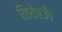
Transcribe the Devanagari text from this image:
किये॥ॐ